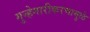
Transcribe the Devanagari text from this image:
गुन्हेगारीकरणामुळे